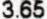
3.65